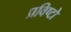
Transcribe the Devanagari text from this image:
प्रविष्टो